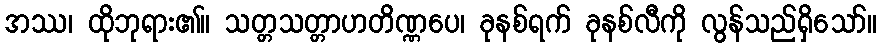
အဿ၊ ထိုဘုရား၏။ သတ္တသတ္တာဟတိဏ္ဏပေ၊ ခုနစ်ရက် ခုနစ်လီကို လွန်သည်ရှိသော်။